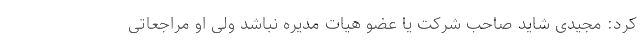
کرد: مجیدی شاید صاحب شرکت یا عضو هیات مدیره نباشد ولی او مراجعاتی